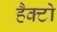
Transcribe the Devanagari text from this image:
हैक्टो